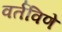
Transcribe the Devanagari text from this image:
वर्तविणे